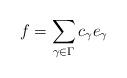
LaTeX: \begin{align*}f = \sum_{\gamma \in \Gamma} c_\gamma e_\gamma\end{align*}